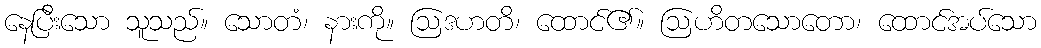
နေပြီးသော သူသည်။ သောတံ၊ နားကို။ ဩဒဟတိ၊ ထောင်၏။ ဩဟိတသောတော၊ ထောင်အပ်သော